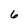
Character: 6